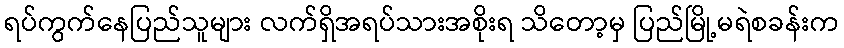
ရပ်ကွက်နေပြည်သူများ လက်ရှိအရပ်သားအစိုးရ သိတော့မှ ပြည်မြို့မရဲစခန်းက